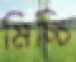
মিচ্চি